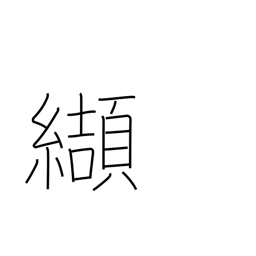
Meaning: purblind